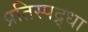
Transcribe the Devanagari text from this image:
प्रतिस्पद्र्धा